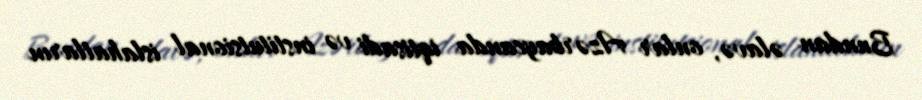
Bundan əlavə, onlar Azərbaycanda iqtisadi və institutsional islahatların